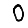
Digit: 0